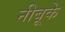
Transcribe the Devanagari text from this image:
नीबूके